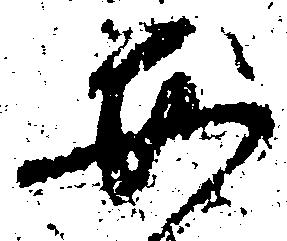
安